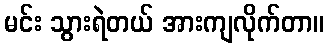
မင်း သွားရဲတယ် အားကျလိုက်တာ။